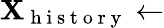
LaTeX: \mathbf{X}_{\mathrm{{~h~i~s~t~o~r~y~}}}\leftarrow